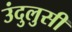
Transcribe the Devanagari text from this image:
उंदुलुसी